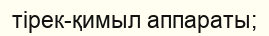
тірек-қимыл аппараты;